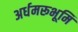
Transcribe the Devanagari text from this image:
अर्धमरूभूमि